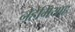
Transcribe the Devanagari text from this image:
नेहेमियाह